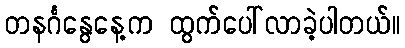
တနင်္ဂနွေနေ့က ထွက်ပေါ်လာခဲ့ပါတယ်။